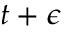
t + \epsilon